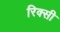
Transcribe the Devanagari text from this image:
रिक्सी